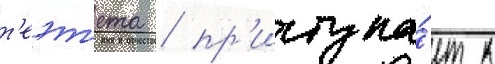
т'еэт'ета / пр'иступа́ет к